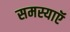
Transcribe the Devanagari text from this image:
समस्याऍ